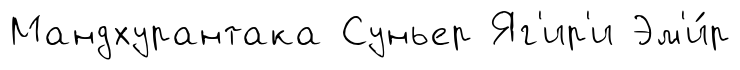
Мандхурантака Суньер Яг'ир'и Эм'и́р